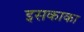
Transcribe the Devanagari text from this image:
इसकाका